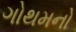
ગોથમનો